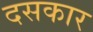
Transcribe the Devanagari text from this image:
दसकार